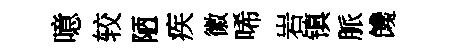
噫较陋疾徽唏岩镇脈饞